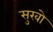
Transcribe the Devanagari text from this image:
सुखो